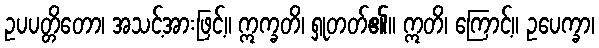
ဥပပတ္တိတော၊ အသင့်အားဖြင့်။ ဣက္ခတိ၊ ရှုတတ်၏။ ဣတိ၊ ကြောင့်။ ဥပေက္ခာ၊